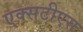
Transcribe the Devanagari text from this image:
एक्सटीएस